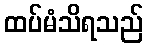
ထပ်မံသိရသည်